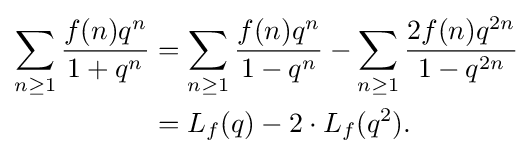
{\begin{aligned}\sum _{n\geq 1}{\frac {f(n)q^{n}}{1+q^{n}}}&=\sum _{n\geq 1}{\frac {f(n)q^{n}}{1-q^{n}}}-\sum _{n\geq 1}{\frac {2f(n)q^{2n}}{1-q^{2n}}}\\&=L_{f}(q)-2\cdot L_{f}(q^{2}).\end{aligned}}